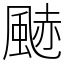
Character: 䬉